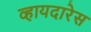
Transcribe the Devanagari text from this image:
व्हायदारेस